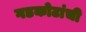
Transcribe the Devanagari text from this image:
गडकोटांची